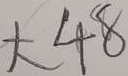
大 4 8